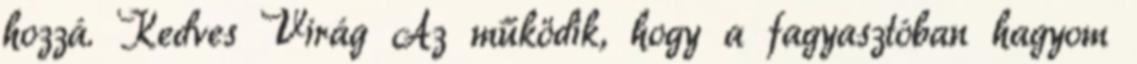
hozzá. Kedves Virág Az működik, hogy a fagyasztóban hagyom